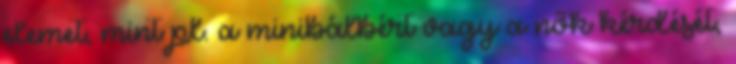
elemet, mint pl. a minibálbért vagy a nők kérdését,